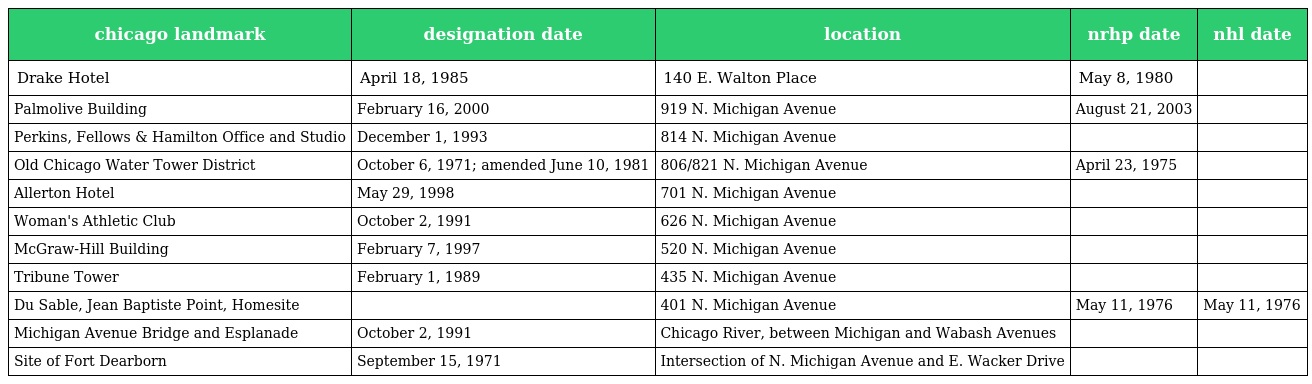
| chicago landmark | designation date | location | nrhp date | nhl date |
 | --- | --- | --- | --- | --- |
 | Drake Hotel | April 18, 1985 | 140 E. Walton Place | May 8, 1980 |  |
 | Palmolive Building | February 16, 2000 | 919 N. Michigan Avenue | August 21, 2003 |  |
 | Perkins, Fellows & Hamilton Office and Studio | December 1, 1993 | 814 N. Michigan Avenue |  |  |
 | Old Chicago Water Tower District | October 6, 1971; amended June 10, 1981 | 806/821 N. Michigan Avenue | April 23, 1975 |  |
 | Allerton Hotel | May 29, 1998 | 701 N. Michigan Avenue |  |  |
 | Woman's Athletic Club | October 2, 1991 | 626 N. Michigan Avenue |  |  |
 | McGraw-Hill Building | February 7, 1997 | 520 N. Michigan Avenue |  |  |
 | Tribune Tower | February 1, 1989 | 435 N. Michigan Avenue |  |  |
 | Du Sable, Jean Baptiste Point, Homesite |  | 401 N. Michigan Avenue | May 11, 1976 | May 11, 1976 |
 | Michigan Avenue Bridge and Esplanade | October 2, 1991 | Chicago River, between Michigan and Wabash Avenues |  |  |
 | Site of Fort Dearborn | September 15, 1971 | Intersection of N. Michigan Avenue and E. Wacker Drive |  |  |